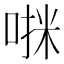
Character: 𫪷